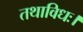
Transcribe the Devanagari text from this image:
तथाविधः।